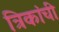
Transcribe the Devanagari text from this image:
त्रिकांची